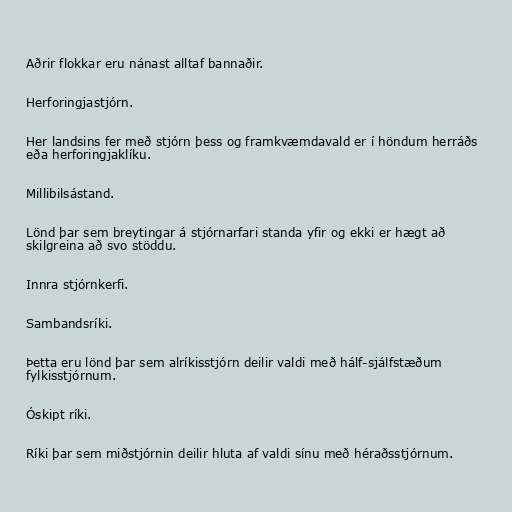
Aðrir flokkar eru nánast alltaf bannaðir.

Herforingjastjórn.

Her landsins fer með stjórn þess og framkvæmdavald er í höndum herráðs
eða herforingjaklíku.

Millibilsástand.

Lönd þar sem breytingar á stjórnarfari standa yfir og ekki er hægt að
skilgreina að svo stöddu.

Innra stjórnkerfi.

Sambandsríki.

Þetta eru lönd þar sem alríkisstjórn deilir valdi með hálf-sjálfstæðum
fylkisstjórnum.

Óskipt ríki.

Ríki þar sem miðstjórnin deilir hluta af valdi sínu með héraðsstjórnum.